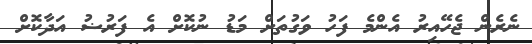
ނެރެން ޖެހޭއިރު އެންމެ ފަހު ވަގުތަށް މަޑު ނުކޮށް އެ ފަރުޟު އަދާކޮށް